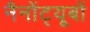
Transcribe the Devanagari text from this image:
नैनोंट्यूबों